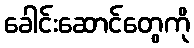
ခေါင်းဆောင်တွေကို